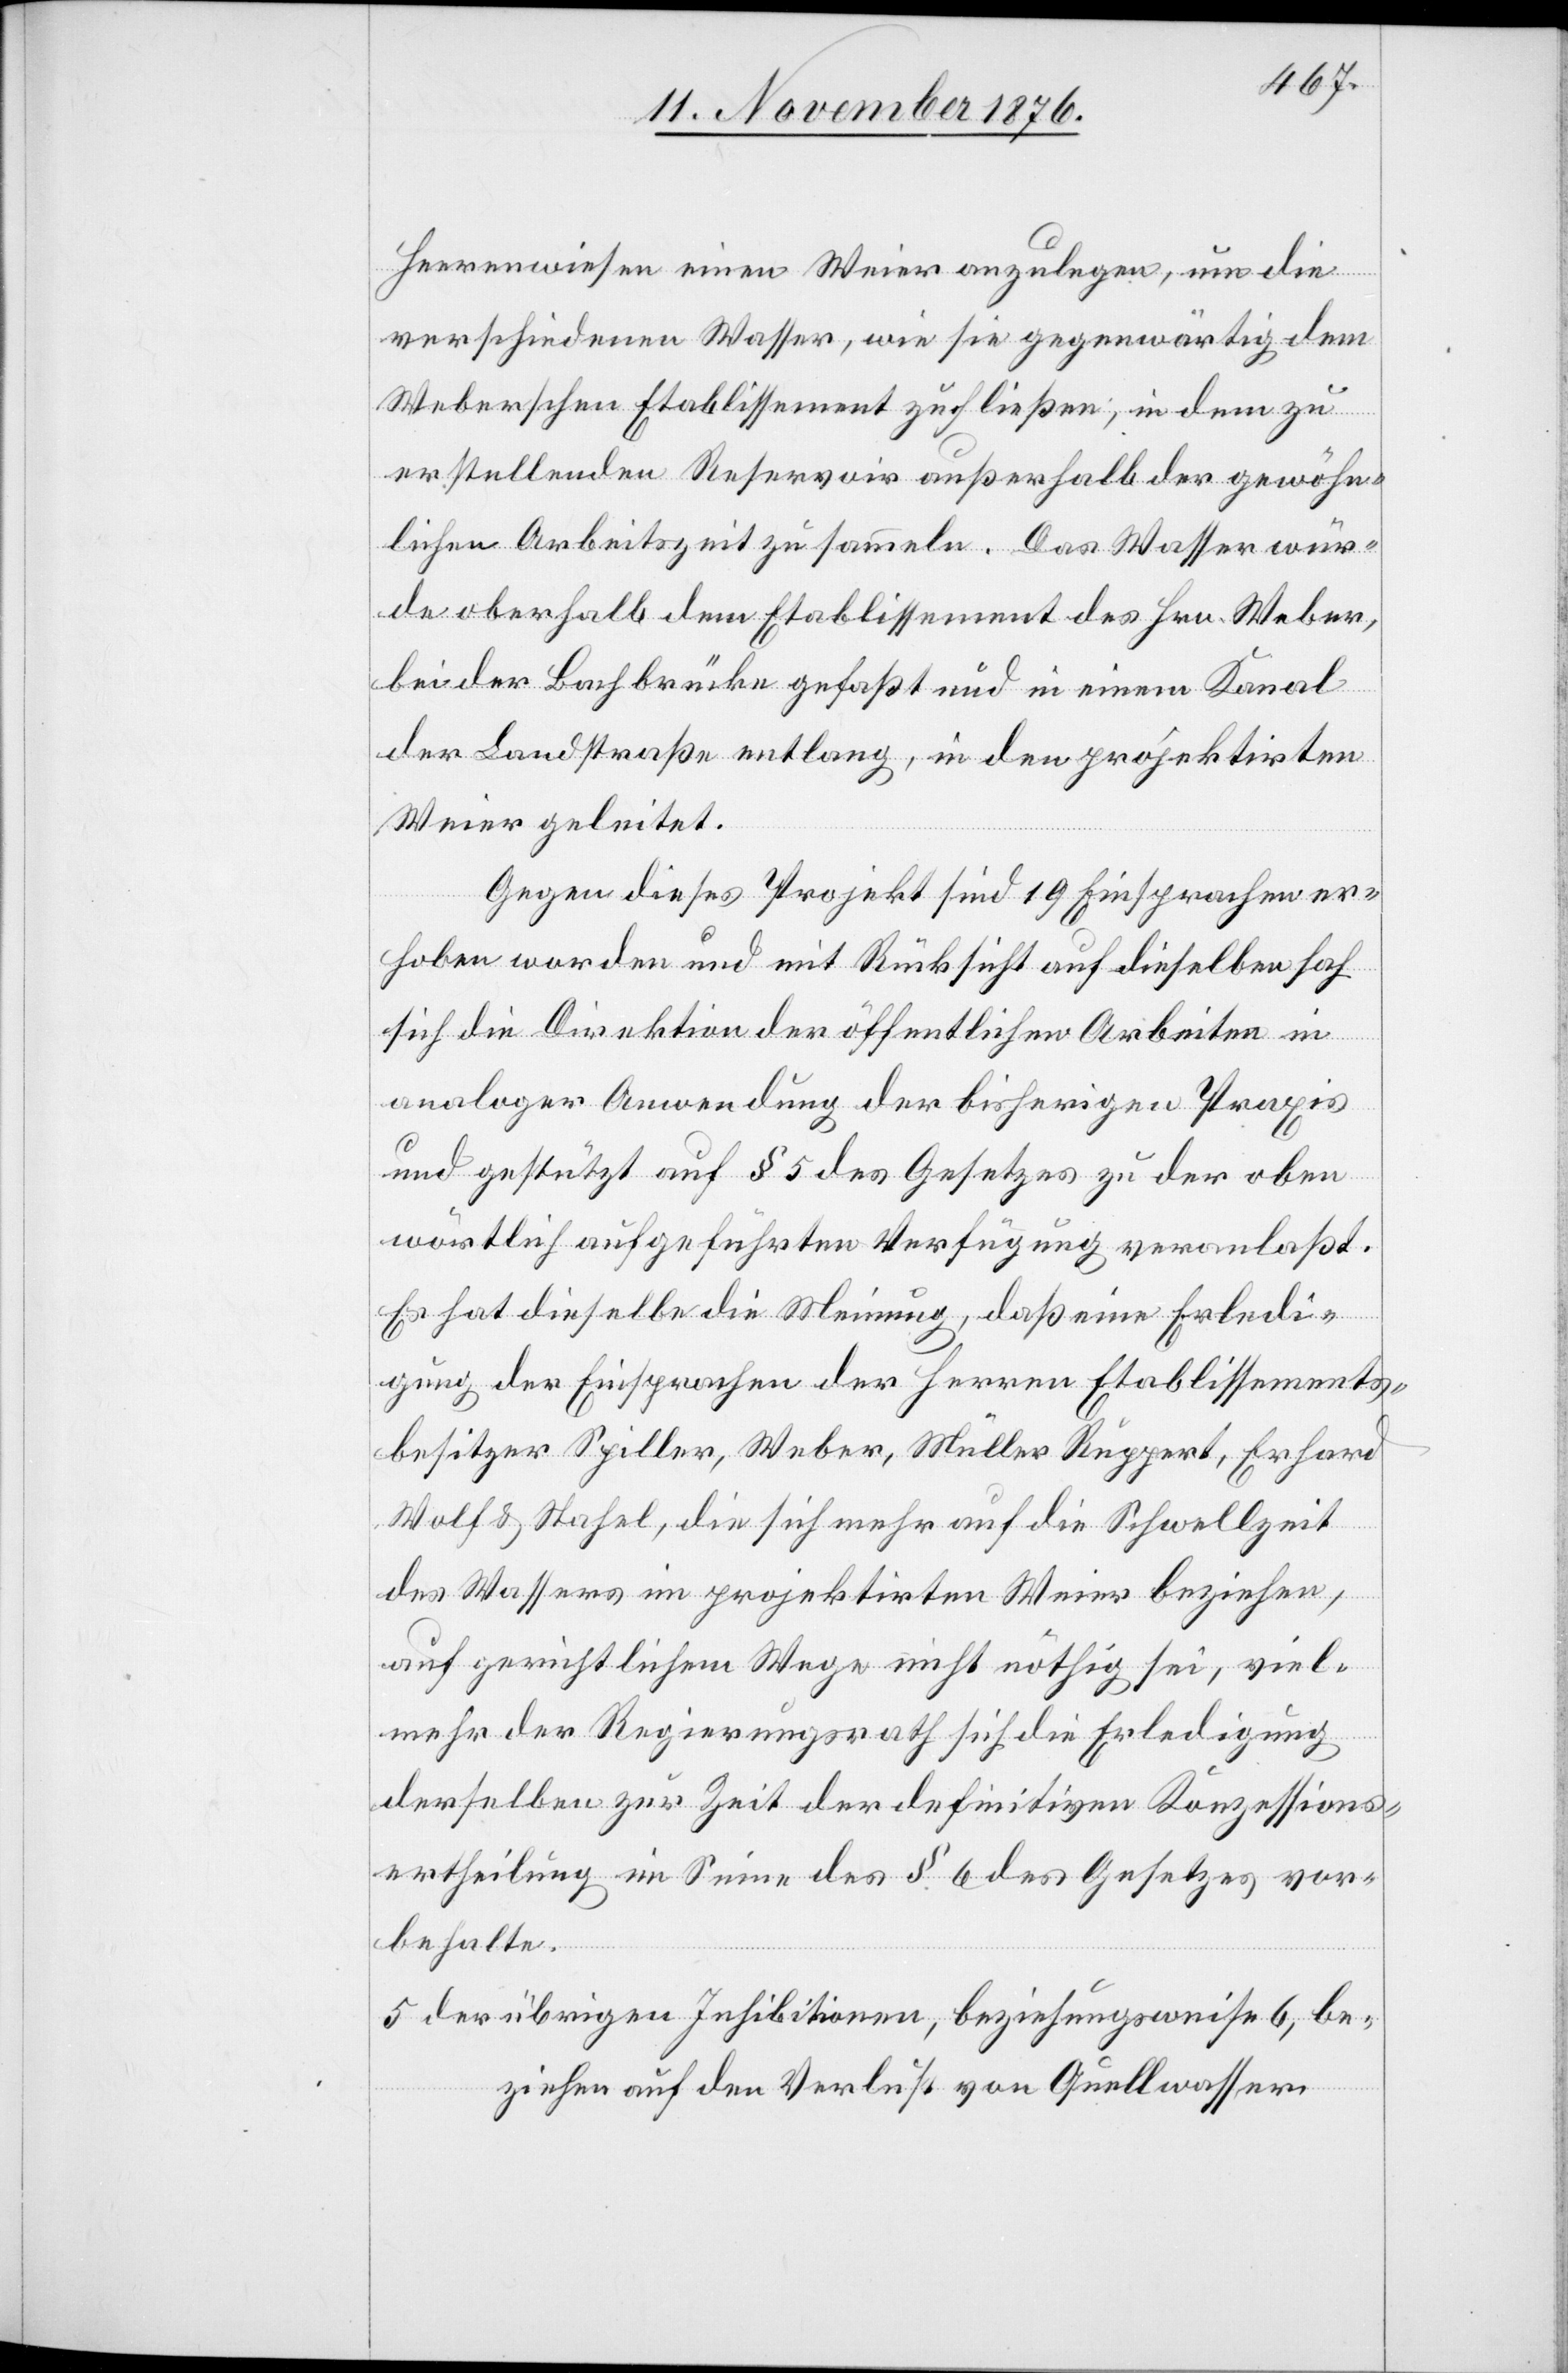
Herrenwiesen einen Weier anzulegen, um die
verschiedenen Wasser, wie sie gegenwärtig dem
Weberschen Etablissement zufließen, in dem zu
erstellenden Reservoir außerhalb der gewöhn¬
lichen Arbeitszeit zu sammeln. Das Wasser wür¬
de oberhalb dem Etablissement des Hrn. Weber
bei der Bachbrücke gefaßt und in einem Kanal
der Landstraße entlang, in den projektirten
Weier geleitet.
Gegen dieses Projekt sind 19 Einsprachen er¬
hoben worden und mit Rücksicht auf dieselben sah
sich die Direktion der öffentlichen Arbeiten in
analoger Anwendung der bisherigen Praxis
und gestützt auf § 5 des Gesetzes zu der oben
wörtlich aufgeführten Verfügung veranlaßt.
Es hat dieselbe die Meinung, daß eine Erledi¬
gung der Einsprachen der Herren Etablissements¬
besitzer Spiller, Weber, Müller Ruppert, Erhard
Wolf & Stahel, die sich mehr auf die Schwellzeit
des Wassers im projektirten Weier beziehen,
auf gerichtlichem Wege nicht nöthig sei, viel¬
mehr der Regierungsrath sich die Erledigung
derselben zur Zeit der definitiven Konzessions¬
ertheilung im Sinne des § 6 des Gesetzes vor¬
behalte.
sich auf den Verlust von Quellwasser.